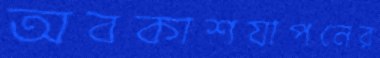
অবকাশযাপনের